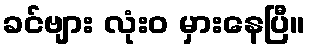
ခင်ဗျား လုံးဝ မှားနေပြီ။